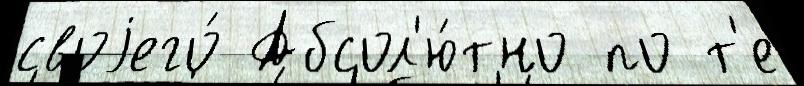
своjего́ Абсол'ю́тно по т'е